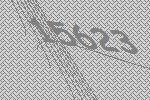
15623